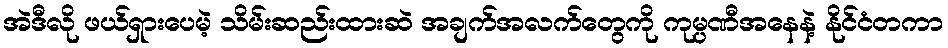
အဲဒီလို ဖယ်ရှားပေမဲ့ သိမ်းဆည်းထားဆဲ အချက်အလက်တွေကို ကုမ္ပဏီအနေနဲ့ နိုင်ငံတကာ